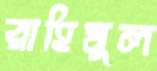
রাহিমুল